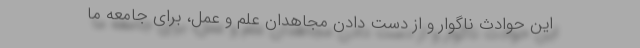
این حوادث ناگوار و از دست دادن مجاهدان علم و عمل، برای جامعه‌ ما